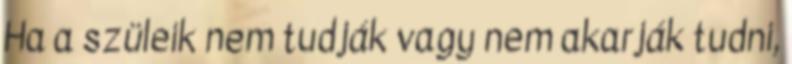
Ha a szüleik nem tudják vagy nem akarják tudni,